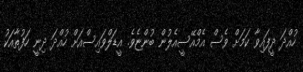
ހުއްދަ ދީފައިވާ ކަމަށް ވެސް އެމްއޭސީއެލުން ބުންޏެވެ. އީޑަލްވައިސްއަށް ހުއްދަ ދިނީ ހަފުތާއަކު